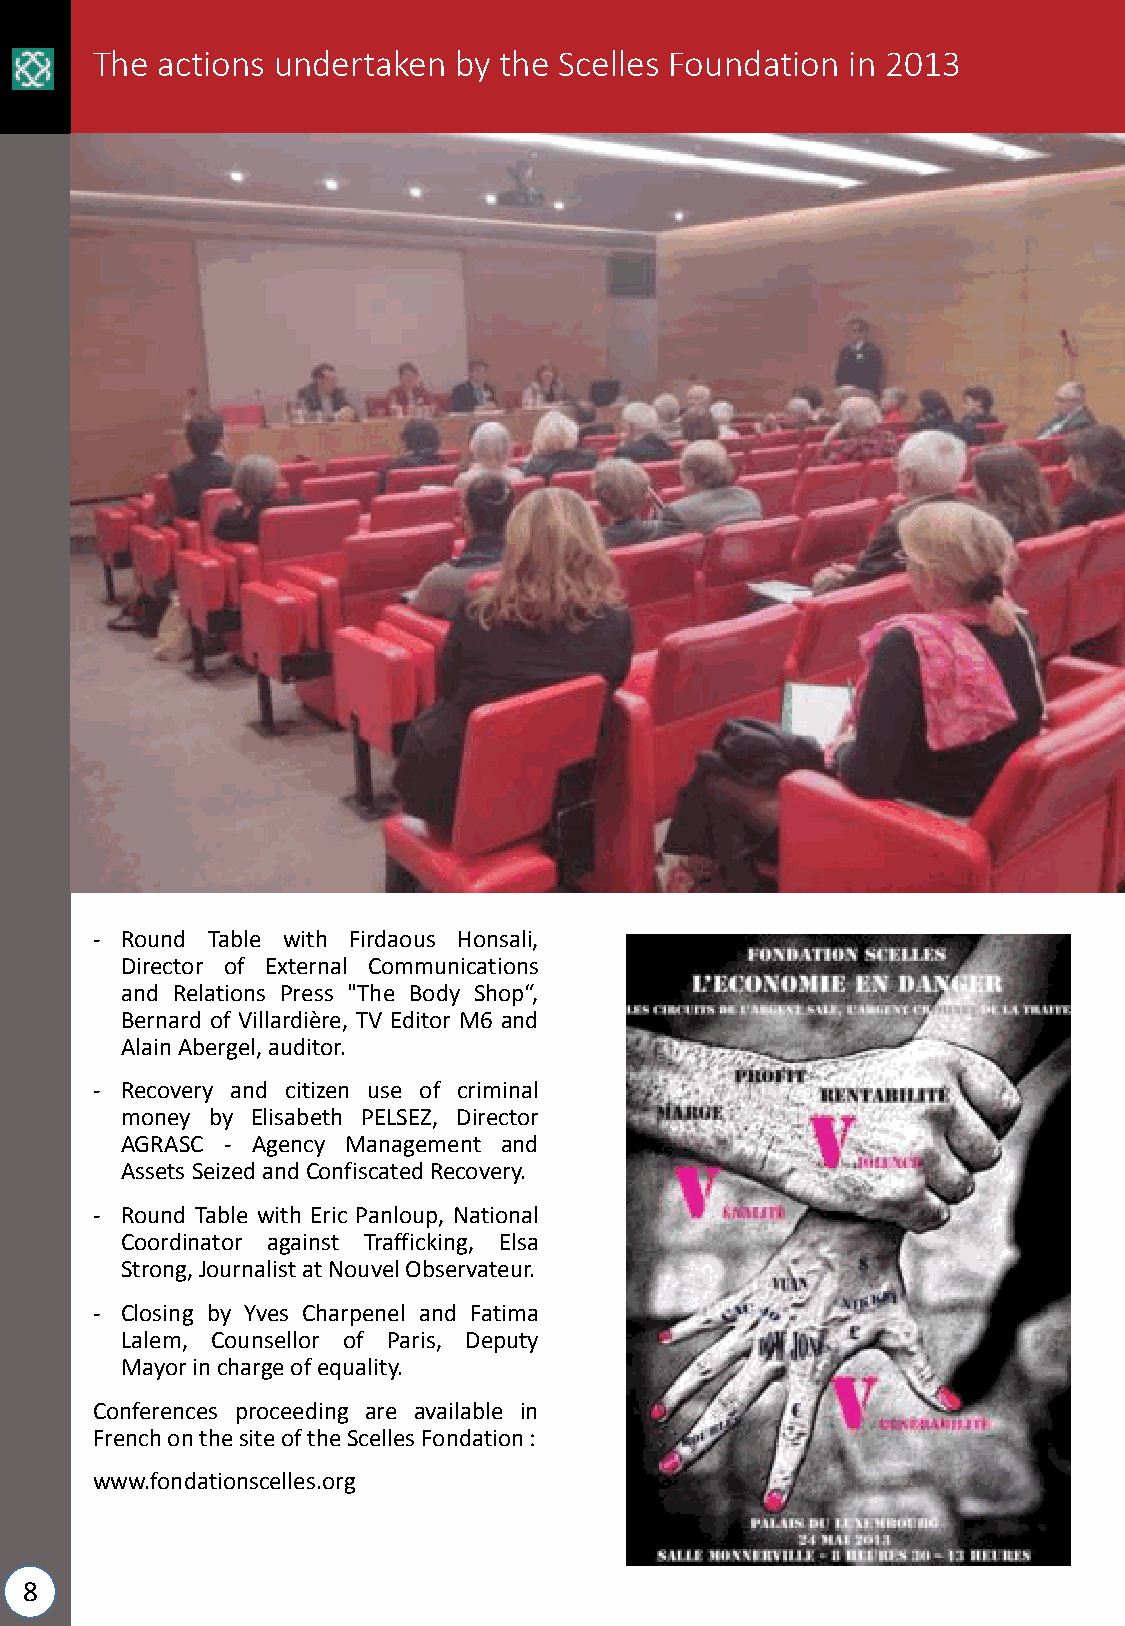
The actions undertaken  by the Scelles Foundation in 2013
 - Round Table with Firdaous Honsali,
 Director of External Communications
 and Relations Press "The Body Shop“,
 Bernard of Villardière, TV Editor M6 and
 AlainAbergel,auditor.
 - Recovery and citizen use of criminal
 money by Elisabeth PELSEZ, Director
 AGRASC - Agency Management and
 Assets SeizedandConfiscatedRecovery.
 - Round Table with Eric Panloup, National
 Coordinator against Trafficking, Elsa
 Strong,JournalistatNouvelObservateur.
 - Closing by Yves Charpenel and Fatima
 Lalem, Counsellor of Paris, Deputy
 Mayorinchargeofequality.
 Conferences proceeding are available in
 FrenchonthesiteoftheScellesFondation:
 www.fondationscelles.org
 8